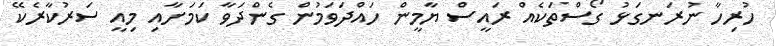
ހުރިހާ ނުރަނގަޅު ގޯސްތަކެއް ރައީސް ޔާމީން ހައްދަވަމުން ގެންދަވާ ކަމަށާއި މިއީ ސަރުކާރެކޭ